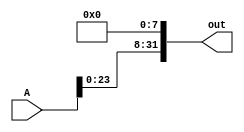
module shiftLby8(A, out);

    input [31:0] A;
    output [31:0] out;

    assign out[7:0] = 8'b00000000;
    assign out[31:8] = A[23:0];

    // assign out[0] = 1'b0;
    // assign out[1] = 1'b0;
    // assign out[2] = 1'b0;
    // assign out[3] = 1'b0;
    // assign out[4] = 1'b0;
    // assign out[5] = 1'b0;
    // assign out[6] = 1'b0;
    // assign out[7] = 1'b0;
    // assign out[8] = A[0];
    // assign out[9] = A[1];
    // assign out[10] = A[2];
    // assign out[11] = A[3];
    // assign out[12] = A[4];
    // assign out[13] = A[5];
    // assign out[14] = A[6];
    // assign out[15] = A[7];
    // assign out[16] = A[8];
    // assign out[17] = A[9];
    // assign out[18] = A[10];
    // assign out[19] = A[11];
    // assign out[20] = A[12];
    // assign out[21] = A[13];
    // assign out[22] = A[14];
    // assign out[23] = A[15];
    // assign out[24] = A[16];
    // assign out[25] = A[17];
    // assign out[26] = A[18];
    // assign out[27] = A[19];
    // assign out[28] = A[20];
    // assign out[29] = A[21];
    // assign out[30] = A[22];
    // assign out[31] = A[23];
    
endmodule